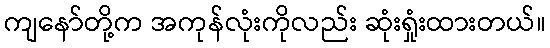
ကျနော်တို့က အကုန်လုံးကိုလည်း ဆုံးရှုံးထားတယ်။